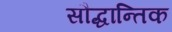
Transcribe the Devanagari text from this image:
सौद्धान्तिक